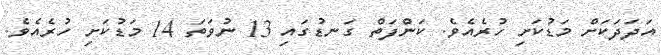
އަދަދަަކަށް މަޑުކަށި ހުރެއެވެ. ކަންފަތް ގަނޑުގައި 13 ނުވަތަ 14 މަޑުކަށި ހުރެއެވެ.